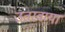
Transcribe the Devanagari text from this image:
उतरवाया